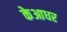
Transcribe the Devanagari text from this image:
केआधर